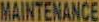
MAINTENANCE